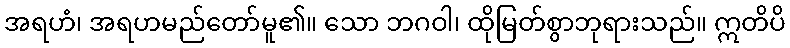
အရဟံ၊ အရဟမည်တော်မူ၏။ သော ဘဂဝါ၊ ထိုမြတ်စွာဘုရားသည်။ ဣတိပိ